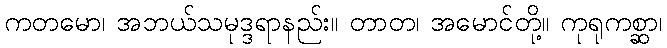
ကတမော၊ အဘယ်သမုဒ္ဒရာနည်း။ တာတ၊ အမောင်တို့။ ကုရုကစ္ဆာ၊